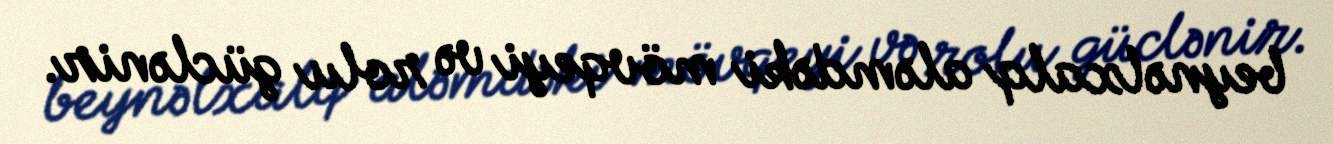
beynəlxalq aləmdəki mövqeyi və rolu güclənir.